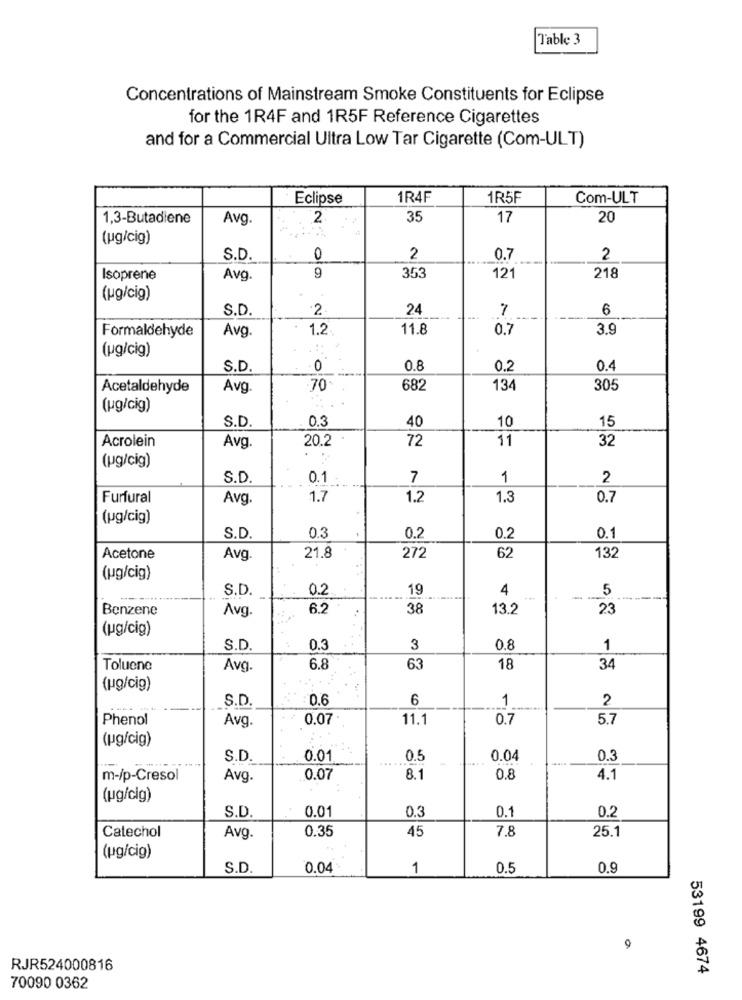
Table 3
Concentrations of Mainstream Smoke Constituents for Eclipse
for the 1R4F and 1R5F Reference Cigarettes
and for a Commercial Ultra Low Tar Cigarette (Com-ULT)
Eclipse
1R4F
1R5F
Com-ULT
1,3-Butadiene
Avg.
2
35
17
20
(ug/cig)
S.D.
0
2
0.7
2
Isoprene
Avg.
9
353
121
218
(ug/cig)
S.D.
24
7
6
Formaldehyde
1.2
11.8
0.7
3.9
Avg.
(pg/cig)
S.D.
0
0.8
0.2
0.4
Acetaldehyde
Avg.
70
682
134
305
(pg/cig)
S.D.
03
40
10
15
Acrolein
20.2
72
11
32
Avg.
(pg/cig)
S.D.
0.1
7
1
2
Furfural
Avg.
1.7
1.2
1.3
0.7
(pg/cig)
S.D.
0.3
0.2
0.2
0.1
272
Acetone
Avg.
21.8
62
132
(pg/cig)
S.D.
0.2
19
4
5
Benzene
Avg.
6.2
38
13.2
23
(ug/cig)
S.D.
0.3
3
0.8
1
Toluene
Avg.
6.8
63
18
34
(ug/cig)
S.D.
0.6
6
1
2
Phenol
0.07 .
11.1
0.7
5.7
Avg.
(ug/cig)
S.D.
0.01
0.5
0.04
0.3
m-/p-Cresol
Avg.
0.07
8.1
0.8
4.1
(ug/cig)
0.01
0.3
0.1
0.2
S.D.
Catechol
0.35
7.8
25.1
Avg.
45
(pg/cig)
S.D.
0.04
1
0.5
0.9
9
RJR524000816
53199 4674
70090 0362